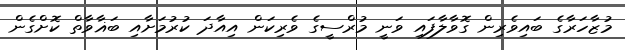
މުޒާހަރާގެ ބައިވެރިން ގޮވާލާފައި ވަނީ މުރްސީގެ ވެރިކަން އިއާދަ ކުރުމަށާއި ބަޣާވާތް ކޮށްގެން